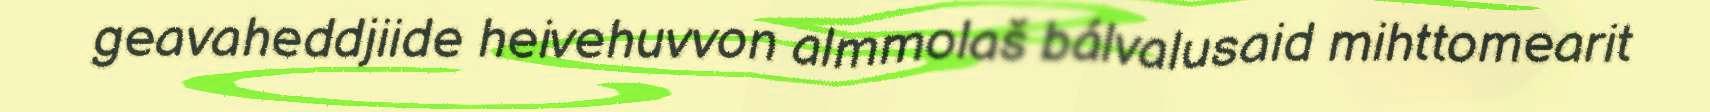
geavaheddjiide heivehuvvon almmolaš bálvalusaid mihttomearit